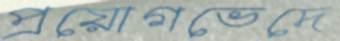
প্রয়োগভেদে